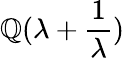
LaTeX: \mathbb{Q}(\lambda+{\frac{1}{\lambda}})